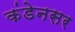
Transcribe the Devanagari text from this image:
कंडेनसर